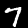
Label: 7